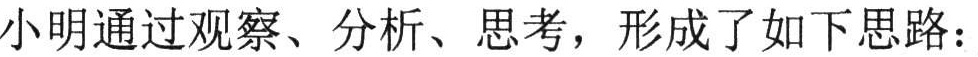
小明通过观察、分析、思考，形成了如下思路：